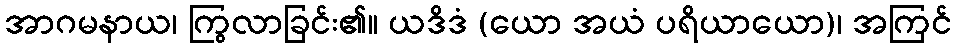
အာဂမနာယ၊ ကြွလာခြင်း၏။ ယဒိဒံ (ယော အယံ ပရိယာယော)၊ အကြင်